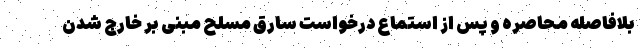
بلافاصله محاصره و پس از استماع درخواست سارق مسلح مبنی بر خارج شدن